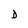
Character: D